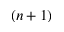
( n + 1 )